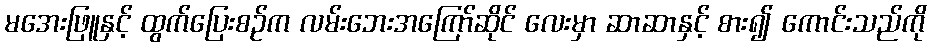
မအေးဖြူနှင့် ထွက်ပြေးစဉ်က လမ်းဘေးအကြော်ဆိုင် လေးမှာ ဆာဆာနှင့် စား၍ ကောင်းသည်ကို